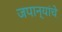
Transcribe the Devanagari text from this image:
जपान्यांचे